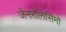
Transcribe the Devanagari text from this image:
जेनरलिसिमो